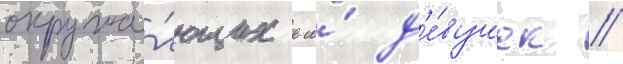
окружа́ющих его́ д'е́вушек /